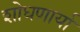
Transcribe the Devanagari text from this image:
शोधणार्या